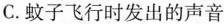
C.蚊子飞行时发出的声音